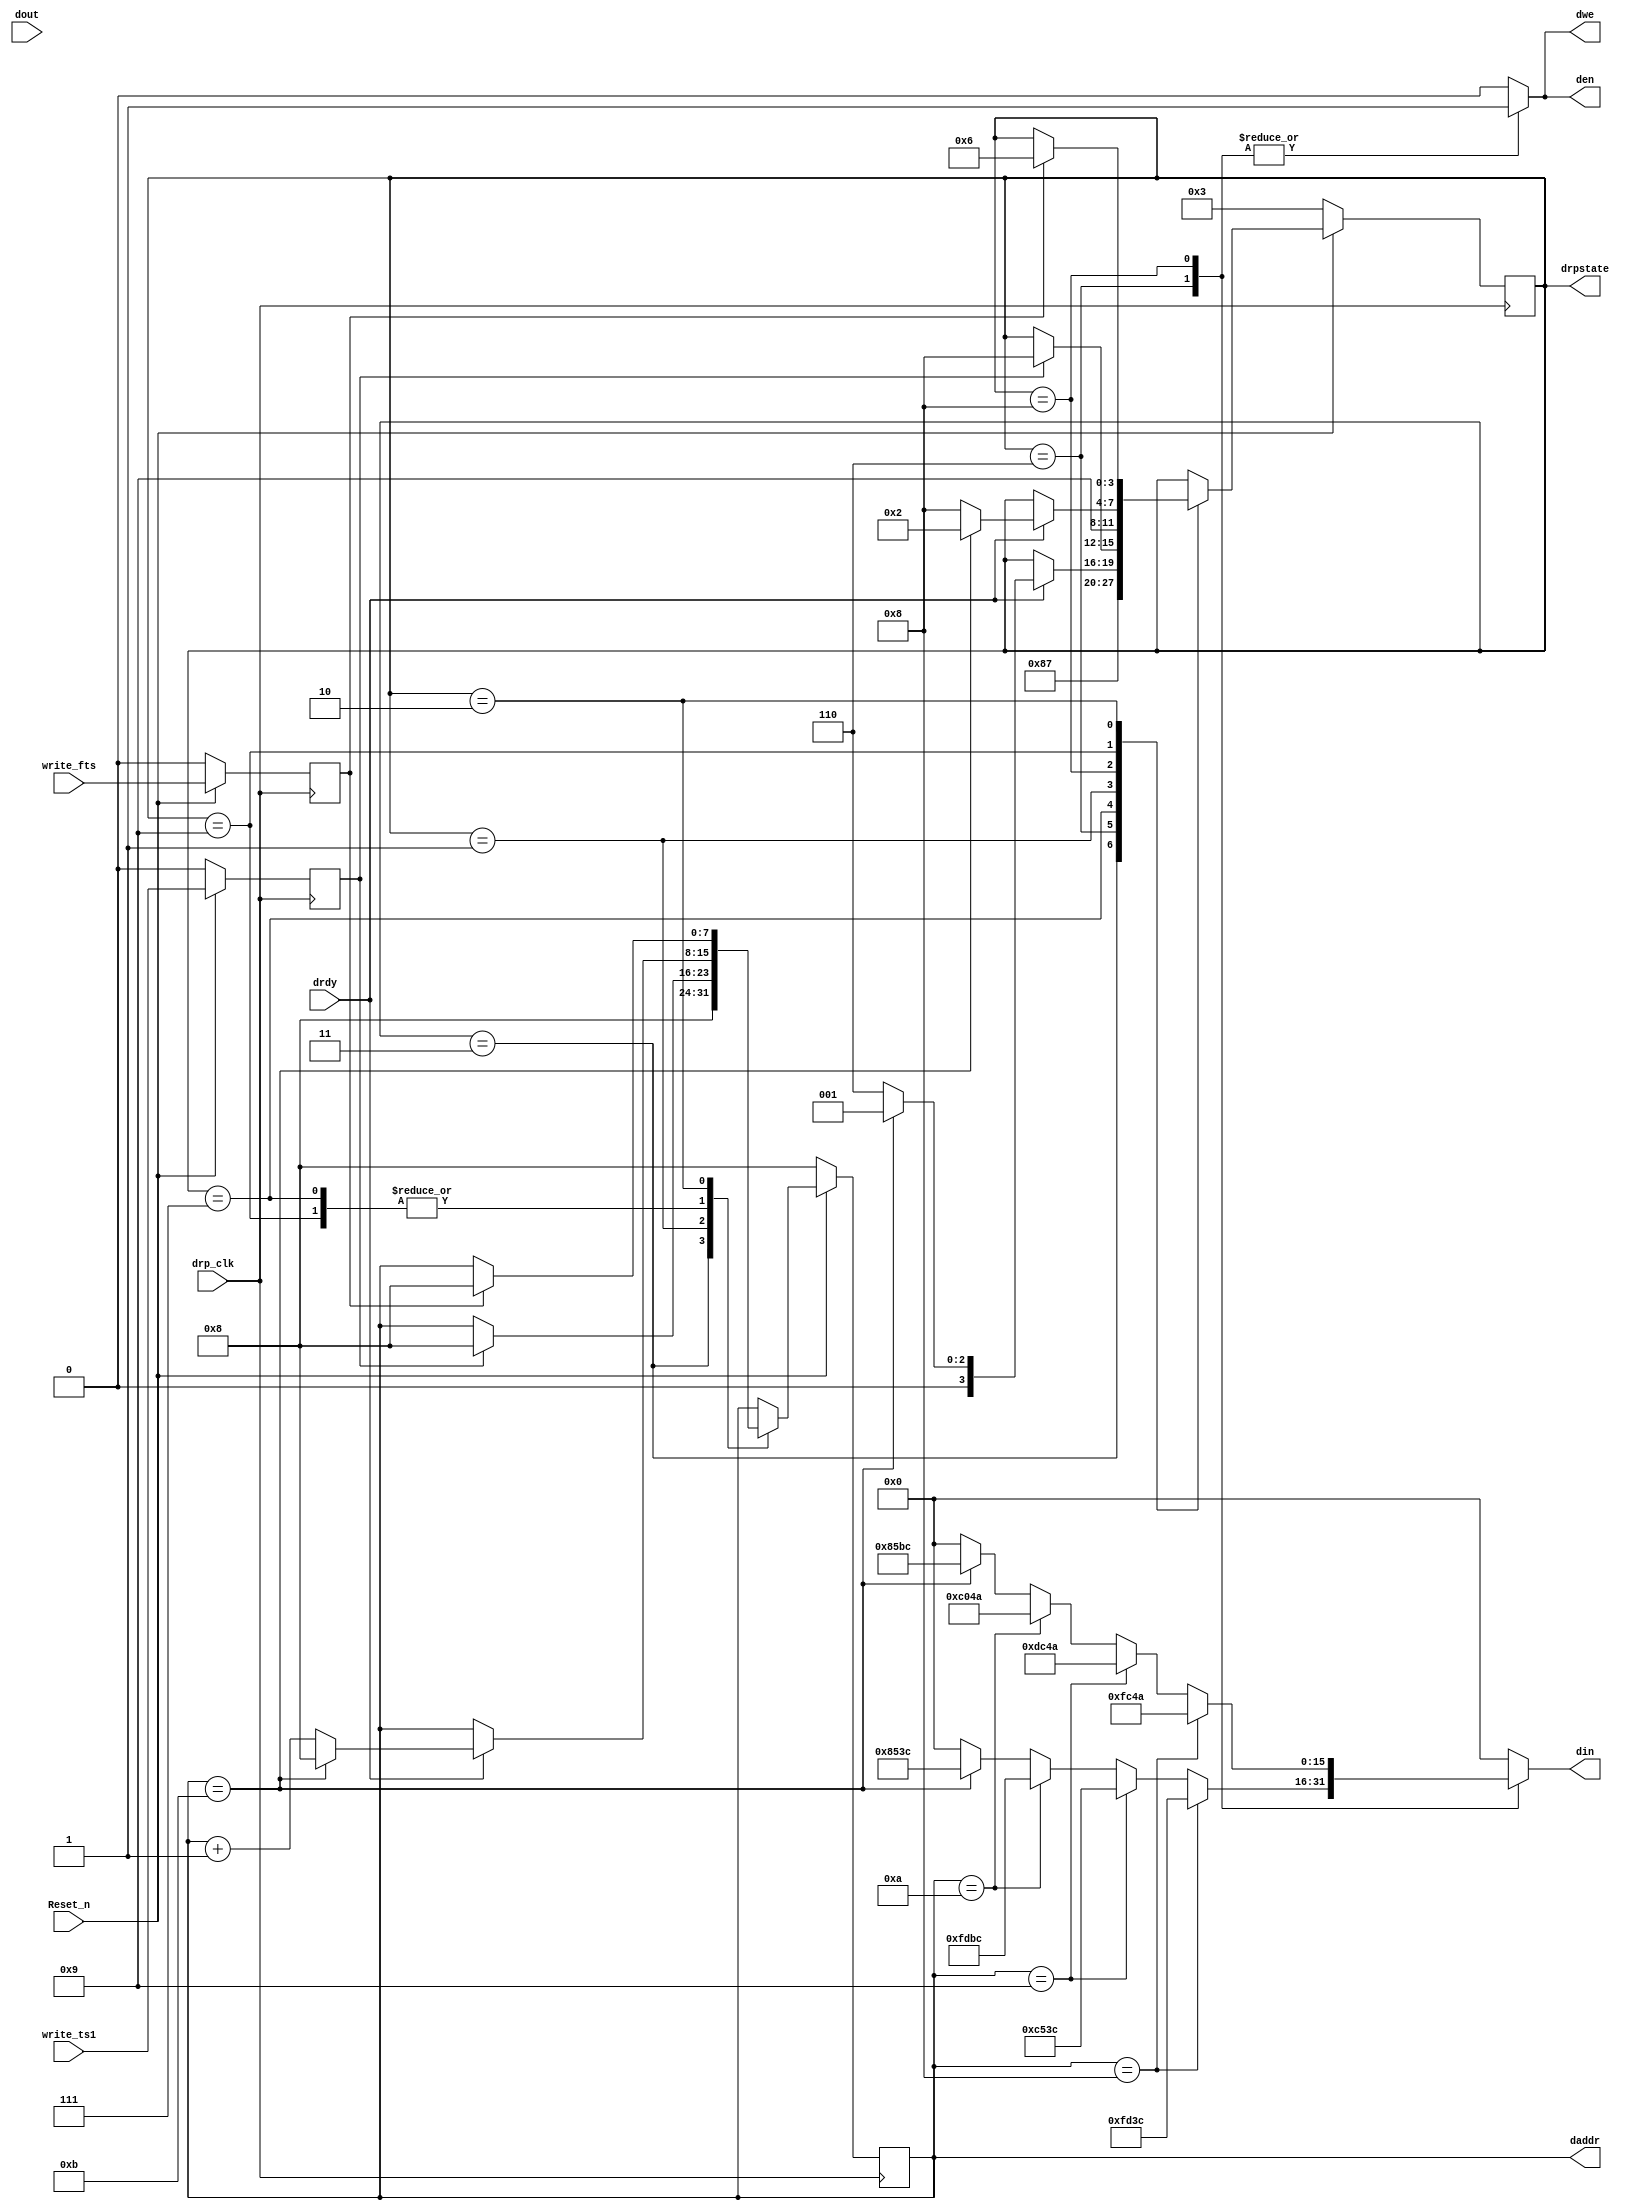
module GTX_DRP_CHANALIGN_FIX_3752_V6
#(
  parameter       TCQ             = 1,
  parameter       C_SIMULATION    = 0 // Set to 1 for simulation
)
(
  output  reg          dwe,
  output  reg  [15:0]  din,    //THIS IS THE INPUT TO THE DRP
  output  reg          den,
  output  reg  [7:0]   daddr,
  output  reg  [3:0]   drpstate,
  input                write_ts1,
  input                write_fts,
  input       [15:0]   dout,  //THIS IS THE OUTPUT OF THE DRP
  input                drdy,
  input                Reset_n,
  input                drp_clk

);


  reg  [7:0]     next_daddr;
  reg  [3:0]     next_drpstate;



  reg            write_ts1_gated;
  reg            write_fts_gated;


  localparam      DRP_IDLE_FTS           =  1;
  localparam      DRP_IDLE_TS1           =  2;
  localparam      DRP_RESET              =  3;
  localparam      DRP_WRITE_FTS          =  6;
  localparam      DRP_WRITE_DONE_FTS     =  7;
  localparam      DRP_WRITE_TS1          =  8;
  localparam      DRP_WRITE_DONE_TS1     =  9;
  localparam      DRP_COM                = 10'b0110111100;
  localparam      DRP_FTS                = 10'b0100111100;
  localparam      DRP_TS1                = 10'b0001001010;


  always @(posedge drp_clk) begin

    if ( ~Reset_n ) begin

      daddr     <= #(TCQ) 8'h8;
      drpstate  <= #(TCQ) DRP_RESET;


      write_ts1_gated <= #(TCQ) 0;
      write_fts_gated <= #(TCQ) 0;

    end else begin

      daddr     <= #(TCQ) next_daddr;
      drpstate  <= #(TCQ) next_drpstate;



      write_ts1_gated <= #(TCQ) write_ts1;
      write_fts_gated <= #(TCQ) write_fts;

    end

  end


  always @(*) begin

    // DEFAULT CONDITIONS
    next_drpstate=drpstate;
    next_daddr=daddr;
    den=0;
    din=0;
    dwe=0;

    case(drpstate)

      // RESET CONDITION, WE NEED TO READ THE TOP 6 BITS OF THE DRP REGISTER WHEN WE GET THE WRITE FTS TRIGGER
      DRP_RESET : begin

        next_drpstate= DRP_WRITE_TS1;
        next_daddr=8'h8;

      end



      // WRITE FTS SEQUENCE
      DRP_WRITE_FTS : begin

        den=1;
        dwe=1;
        if(daddr==8'h8)
          din=16'hFD3C;
        else if(daddr==8'h9)
          din=16'hC53C;
        else if(daddr==8'hA)
          din=16'hFDBC;
        else if(daddr==8'hB)
          din=16'h853C;
        next_drpstate=DRP_WRITE_DONE_FTS;

      end

      // WAIT FOR FTS SEQUENCE WRITE TO FINISH, ONCE WE FINISH ALL WRITES GO TO FTS IDLE
      DRP_WRITE_DONE_FTS : begin

        if(drdy) begin

          if(daddr==8'hB) begin

            next_drpstate=DRP_IDLE_FTS;
            next_daddr=8'h8;

          end else begin

            next_drpstate=DRP_WRITE_FTS;
            next_daddr=daddr+1'b1;

          end

        end

      end

      // FTS IDLE: WAIT HERE UNTIL WE NEED TO WRITE TS1
      DRP_IDLE_FTS : begin

        if(write_ts1_gated) begin

          next_drpstate=DRP_WRITE_TS1;
          next_daddr=8'h8;

        end

      end

      // WRITE TS1 SEQUENCE
      DRP_WRITE_TS1 : begin
        den=1;
        dwe=1;
        if(daddr==8'h8)
          din=16'hFC4A;
        else if(daddr==8'h9)
          din=16'hDC4A;   //CHANGE
        else if(daddr==8'hA)
          din=16'hC04A;  //CHANGE
        else if(daddr==8'hB)
          din=16'h85BC;
        next_drpstate=DRP_WRITE_DONE_TS1;

      end

      // WAIT FOR TS1 SEQUENCE WRITE TO FINISH, ONCE WE FINISH ALL WRITES GO TO TS1 IDLE
      DRP_WRITE_DONE_TS1 : begin

        if(drdy) begin

          if(daddr==8'hB) begin

            next_drpstate=DRP_IDLE_TS1;
            next_daddr=8'h8;

          end else begin

            next_drpstate=DRP_WRITE_TS1;
            next_daddr=daddr+1'b1;

          end

        end

      end

      // TS1 IDLE: WAIT HERE UNTIL WE NEED TO WRITE FTS
      DRP_IDLE_TS1 : begin

        if(write_fts_gated) begin

          next_drpstate=DRP_WRITE_FTS;
          next_daddr=8'h8;

        end

      end

    endcase

  end

endmodule